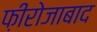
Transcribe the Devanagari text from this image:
फ़ीरोजाबाद